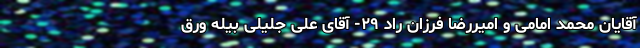
آقایان محمد امامی و امیررضا فرزان راد ۲۹- آقای علی جلیلی بیله ورق